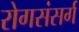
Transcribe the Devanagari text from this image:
रोगसंसर्ग